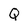
Character: Q